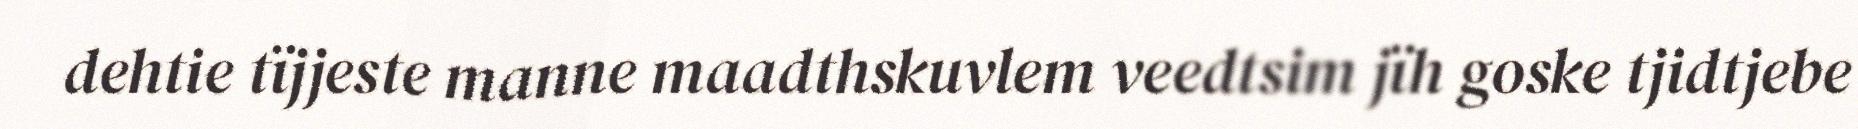
dehtie tïjjeste manne maadthskuvlem veedtsim jïh goske tjidtjebe